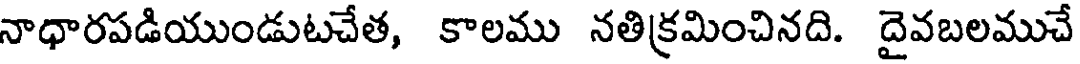
నాధారపడియుండుటచేత, కాలము నతిక్రమించినది. దైవబలముచే